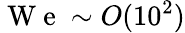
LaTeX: \mathrm{~W~e~}\sim O(10^{2})